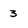
Character: 3